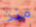
منذ